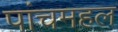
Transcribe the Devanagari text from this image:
पांचमहल